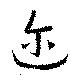
迩